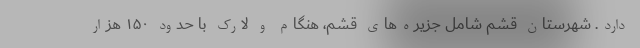
دارد. شهرستان قشم شامل جزیره‌های قشم، هنگام و لارک با حدود ۱۵۰ هزار